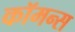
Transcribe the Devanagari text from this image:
कॉमन्‍स